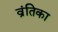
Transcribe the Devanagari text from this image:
व्रंतिका